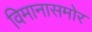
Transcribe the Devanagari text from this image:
विमानासमोर